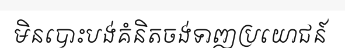
មិនបោះបង់គំនិតចង់ទាញប្រយោជន៍